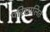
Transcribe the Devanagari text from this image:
परिछालित